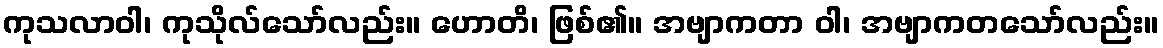
ကုသလာဝါ၊ ကုသိုလ်သော်လည်း။ ဟောတိ၊ ဖြစ်၏။ အဗျာကတာ ဝါ၊ အဗျာကတသော်လည်း။